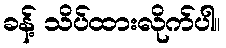
ခန့် သိပ်ထားလိုက်ပါ။